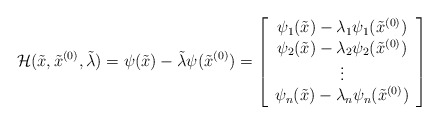
\begin{align*}{}\mathcal H(\tilde{x},\tilde{x}^{(0)},\tilde{\lambda})=\psi(\tilde{x})- \tilde{\lambda}\psi(\tilde{x}^{(0)})=\left[\begin{array}{c}\psi_1(\tilde{x})-{\lambda_1}\psi_1(\tilde{x}^{(0)})\\\psi_2(\tilde{x})-{\lambda_2}\psi_2(\tilde{x}^{(0)})\\\vdots\\\psi_n(\tilde{x})-{\lambda_n}\psi_n(\tilde{x}^{(0)})\end{array}\right]\end{align*}